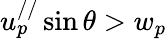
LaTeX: u_{p}^{//}\sin\theta>w_{p}